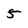
Character: 5